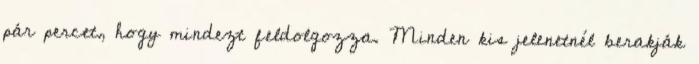
pár percet, hogy mindezt feldolgozza. Minden kis jelenetnél berakják